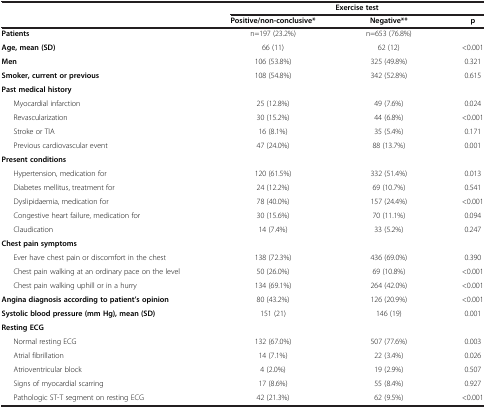
| <ROWSPAN=2>  | <COLSPAN=3> Exercise test |
 | Positive/non-conclusive* | Negative** | p |
 | --- | --- | --- | --- |
 | Patients | n=197 (23.2%) | n=653 (76.8%) |  |
 | Age, mean (SD) | 66 (11) | 62 (12) | <0.001 |
 | Men | 106 (53.8%) | 325 (49.8%) | 0.321 |
 | Smoker, current or previous | 108 (54.8%) | 342 (52.8%) | 0.615 |
 | Past medical history |  |  |  |
 | Myocardial infarction | 25 (12.8%) | 49 (7.6%) | 0.024 |
 | Revascularization | 30 (15.2%) | 44 (6.8%) | <0.001 |
 | Stroke or TIA | 16 (8.1%) | 35 (5.4%) | 0.171 |
 | Previous cardiovascular event | 47 (24.0%) | 88 (13.7%) | 0.001 |
 | Present conditions |  |  |  |
 | Hypertension, medication for | 120 (61.5%) | 332 (51.4%) | 0.013 |
 | Diabetes mellitus, treatment for | 24 (12.2%) | 69 (10.7%) | 0.541 |
 | Dyslipidaemia, medication for | 78 (40.0%) | 157 (24.4%) | <0.001 |
 | Congestive heart failure, medication for | 30 (15.6%) | 70 (11.1%) | 0.094 |
 | Claudication | 14 (7.4%) | 33 (5.2%) | 0.247 |
 | Chest pain symptoms |  |  |  |
 | Ever have chest pain or discomfort in the chest | 138 (72.3%) | 436 (69.0%) | 0.390 |
 | Chest pain walking at an ordinary pace on the level | 50 (26.0%) | 69 (10.8%) | <0.001 |
 | Chest pain walking uphill or in a hurry | 134 (69.1%) | 264 (42.0%) | <0.001 |
 | Angina diagnosis according to patient’s opinion | 80 (43.2%) | 126 (20.9%) | <0.001 |
 | Systolic blood pressure (mm Hg), mean (SD) | 151 (21) | 146 (19) | 0.001 |
 | Resting ECG |  |  |  |
 | Normal resting ECG | 132 (67.0%) | 507 (77.6%) | 0.003 |
 | Atrial fibrillation | 14 (7.1%) | 22 (3.4%) | 0.026 |
 | Atrioventricular block | 4 (2.0%) | 19 (2.9%) | 0.507 |
 | Signs of myocardial scarring | 17 (8.6%) | 55 (8.4%) | 0.927 |
 | Pathologic ST-T segment on resting ECG | 42 (21.3%) | 62 (9.5%) | <0.001 |